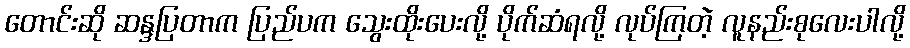
တောင်းဆို ဆန္ဒပြတာက ပြည်ပက သွေးထိုးပေးလို့ ပိုက်ဆံရလို့ လုပ်ကြတဲ့ လူနည်းစုလေးပါလို့